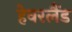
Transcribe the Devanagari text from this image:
हेवरलैंड